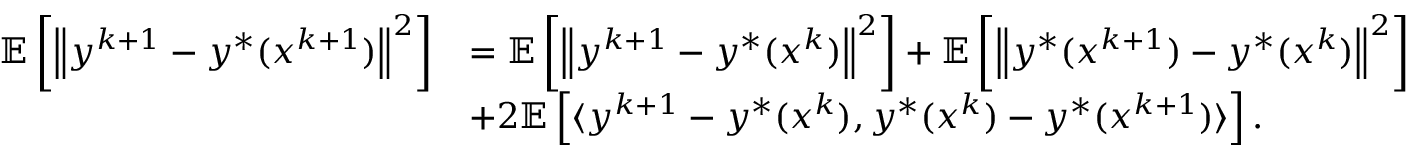
\begin{array} { r l } { \mathbb { E } \left[ \left\| y ^ { k + 1 } - y ^ { * } ( x ^ { k + 1 } ) \right\| ^ { 2 } \right] } & { = \mathbb { E } \left[ \left\| y ^ { k + 1 } - y ^ { * } ( x ^ { k } ) \right\| ^ { 2 } \right] + \mathbb { E } \left[ \left\| y ^ { * } ( x ^ { k + 1 } ) - y ^ { * } ( x ^ { k } ) \right\| ^ { 2 } \right] } \\ & { + 2 \mathbb { E } \left[ \langle y ^ { k + 1 } - y ^ { * } ( x ^ { k } ) , y ^ { * } ( x ^ { k } ) - y ^ { * } ( x ^ { k + 1 } ) \rangle \right] . } \end{array}